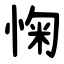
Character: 㥌